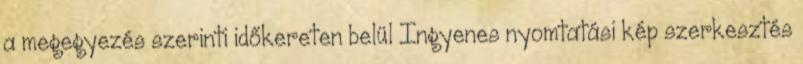
a megegyezés szerinti időkereten belül Ingyenes nyomtatási kép szerkesztés